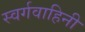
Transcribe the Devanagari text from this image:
स्वर्गवाहिनी